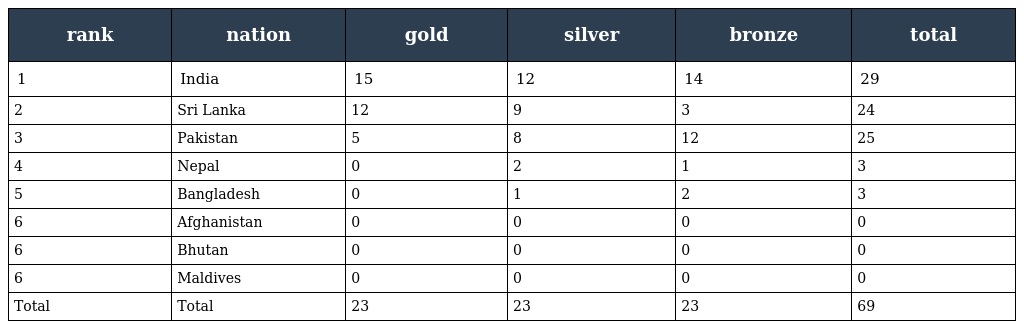
| rank | nation | gold | silver | bronze | total |
 | --- | --- | --- | --- | --- | --- |
 | 1 | India | 15 | 12 | 14 | 29 |
 | 2 | Sri Lanka | 12 | 9 | 3 | 24 |
 | 3 | Pakistan | 5 | 8 | 12 | 25 |
 | 4 | Nepal | 0 | 2 | 1 | 3 |
 | 5 | Bangladesh | 0 | 1 | 2 | 3 |
 | 6 | Afghanistan | 0 | 0 | 0 | 0 |
 | 6 | Bhutan | 0 | 0 | 0 | 0 |
 | 6 | Maldives | 0 | 0 | 0 | 0 |
 | Total | Total | 23 | 23 | 23 | 69 |